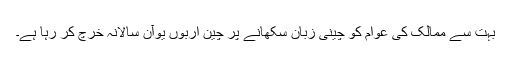
بہت سے ممالک کی عوام کو چینی زبان سکھانے پر چین اربوں یوآن سالانہ خرچ کر رہا ہے۔